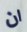
ان